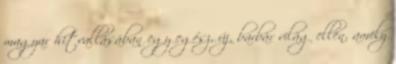
magyar hitvallásában egy egész, új, barbár világ ellen, amely